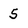
Character: 5